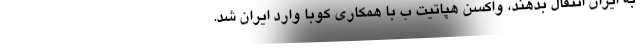
به ایران انتقال بدهند، واکسن هپاتیت ب با همکاری کوبا وارد ایران شد.